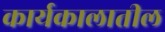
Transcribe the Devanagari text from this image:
कार्यकालातील